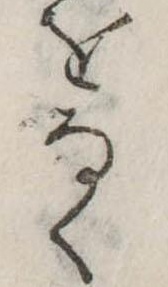
をなく